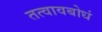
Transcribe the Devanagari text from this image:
तत्वावबोधं